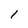
Character: l